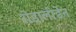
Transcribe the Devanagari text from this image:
रोडालीडेन